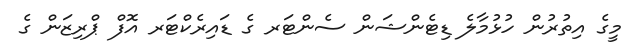
މީގެ އިތުރުން ހުޅުމާލެ ޑިޓެންޝަން ސެންޓަރ ގެ ޑައިރެކްޓަރ އޮފް ޕްރިޒަން ގެ